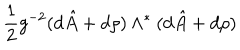
\frac { 1 } { 2 } g ^ { - 2 } ( d \hat { A } + d \rho { } ) \wedge ^ { * } ( d \hat { A } + d \rho { } )